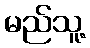
မည်သူ့